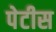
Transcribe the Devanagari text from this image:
पेटीस